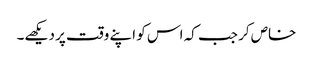
خاص کر جب کہ اس کو اپنے وقت پر دیکھے۔